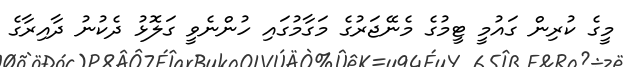
މީގެ ކުރިން ގައުމީ ޓީމުގެ މެނޭޖަރުގެ މަގާމުގައި ހުންނެވީ ގަލޮޅު ދެކުނު ދާއިރާގެ